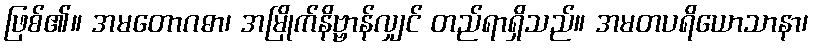
ဖြစ်၏။ အမတောဂဓာ၊ အမြိုက်နိဗ္ဗာန်လျှင် တည်ရာရှိသည်။ အမတပရိယောသာနာ၊